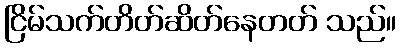
ငြိမ်သက်တိတ်ဆိတ်နေတတ် သည်။